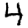
Digit: 4